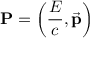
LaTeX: \mathbf { P } = \left( { \frac { E } { c } } , { \vec { \mathbf { p } } } \right)